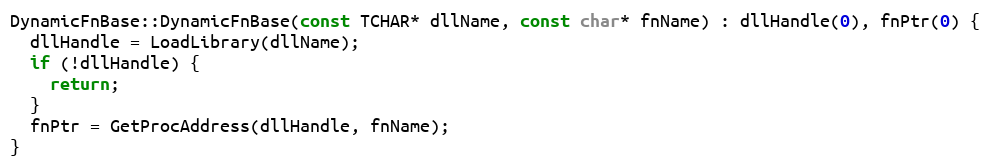
Language: C++
DynamicFnBase::DynamicFnBase(const TCHAR* dllName, const char* fnName) : dllHandle(0), fnPtr(0) {
  dllHandle = LoadLibrary(dllName);
  if (!dllHandle) {
    return;
  }
  fnPtr = GetProcAddress(dllHandle, fnName);
}